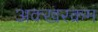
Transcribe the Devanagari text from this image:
अक्खरक्रम